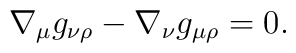
\nabla_\mu g_{\nu\rho}-\nabla_\nu g_{\mu\rho}=0.